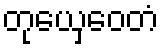
တုယှေဝေတံ